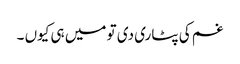
غم کی پٹاری دی تو میں ہی کیوں ۔